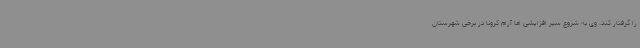
را گرفتار کند. وی به شروع سیر افزایشی اما آرام کرونا در برخی شهرستان